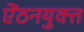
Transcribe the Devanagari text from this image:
ऐंठनयुक्त